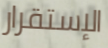
الإستقرار